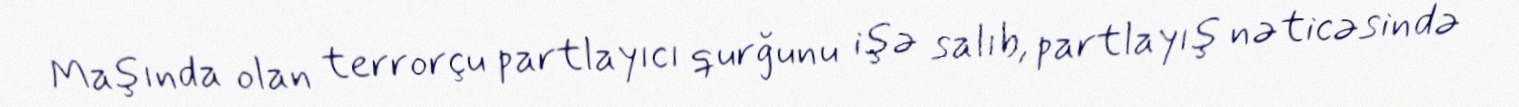
Maşında olan terrorçu partlayıcı qurğunu işə salıb, partlayış nəticəsində